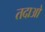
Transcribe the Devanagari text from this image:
तदाओ